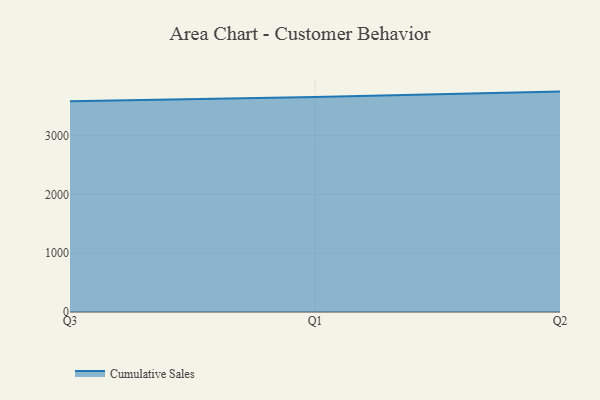
{"axis": {"x": "Quarter", "y": "Active Users"}, "legend": ["Cumulative Sales"], "data": [{"x": "Q3", "y": 3589.0, "type": "Cumulative Sales"}, {"x": "Q1", "y": 3657.6, "type": "Cumulative Sales"}, {"x": "Q2", "y": 3751.2, "type": "Cumulative Sales"}]}